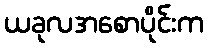
ယခုလအစောပိုင်းက